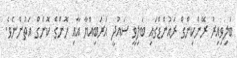
ބަލިވިއިރު ރޭންކިންގް ރައުންޑްގައި ބަލިވީ ސައުދީ އަރަބިއްޔާ އާއި ހޮންގް ކޮންގް އަތުންނެވެ.